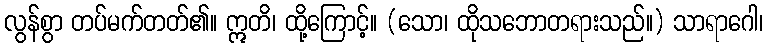
လွန်စွာ တပ်မက်တတ်၏။ ဣတိ၊ ထို့ကြောင့်။ (သော၊ ထိုသဘောတရားသည်။) သာရာဂေါ၊